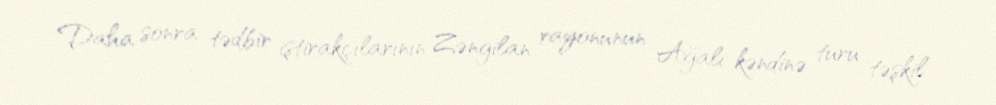
Daha sonra tədbir iştirakçılarının Zəngilan rayonunun Ağalı kəndinə turu təşkil